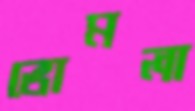
ভোমলা